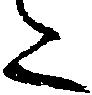
た